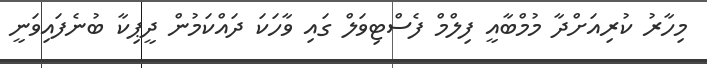
މިހާރު ކުރިއަށްދާ މުމްބާއީ ފިލްމް ފެސްޓިވަލް ގައި ވާހަކަ ދައްކަމުން ދީޕިކާ ބުނެފައިވަނީ